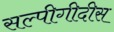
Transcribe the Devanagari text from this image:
सल्पीगीदीस